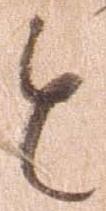
と